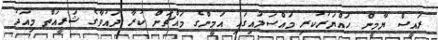
ރައީސް ޔާމީން ހައްޔަރުކުރި މައްސަލައިގައި އަމީންގެ މައްޗަށް ކުރާ ދައުވާގެ ޝަރީއަތް މިއަދު